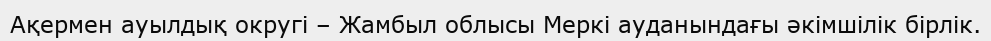
Ақермен ауылдық округі – Жамбыл облысы Меркі ауданындағы әкімшілік бірлік.